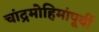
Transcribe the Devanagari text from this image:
चांद्रमोहिमांपूर्वी